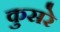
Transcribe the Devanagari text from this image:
कुसरे